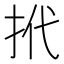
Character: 𢫙